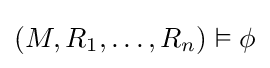
(M,R_{1},\ldots ,R_{n})\vDash \phi